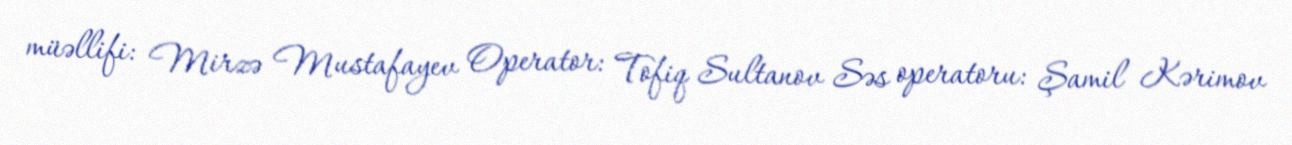
müəllifi: Mirzə Mustafayev Operator: Tofiq Sultanov Səs operatoru: Şamil Kərimov